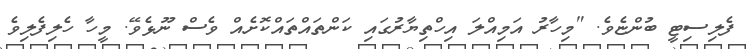
ފެލިސިޓީ ބުންޏެވެ. "މިހާރު އަމިއްލަ އިހްތިޔާރުގައި ކަންތައްތައްކޮށެއް ވެސް ނޫޅެވޭ. މީހާ ހެލިފެލިވެ